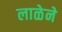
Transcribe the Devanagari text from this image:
लाळेने